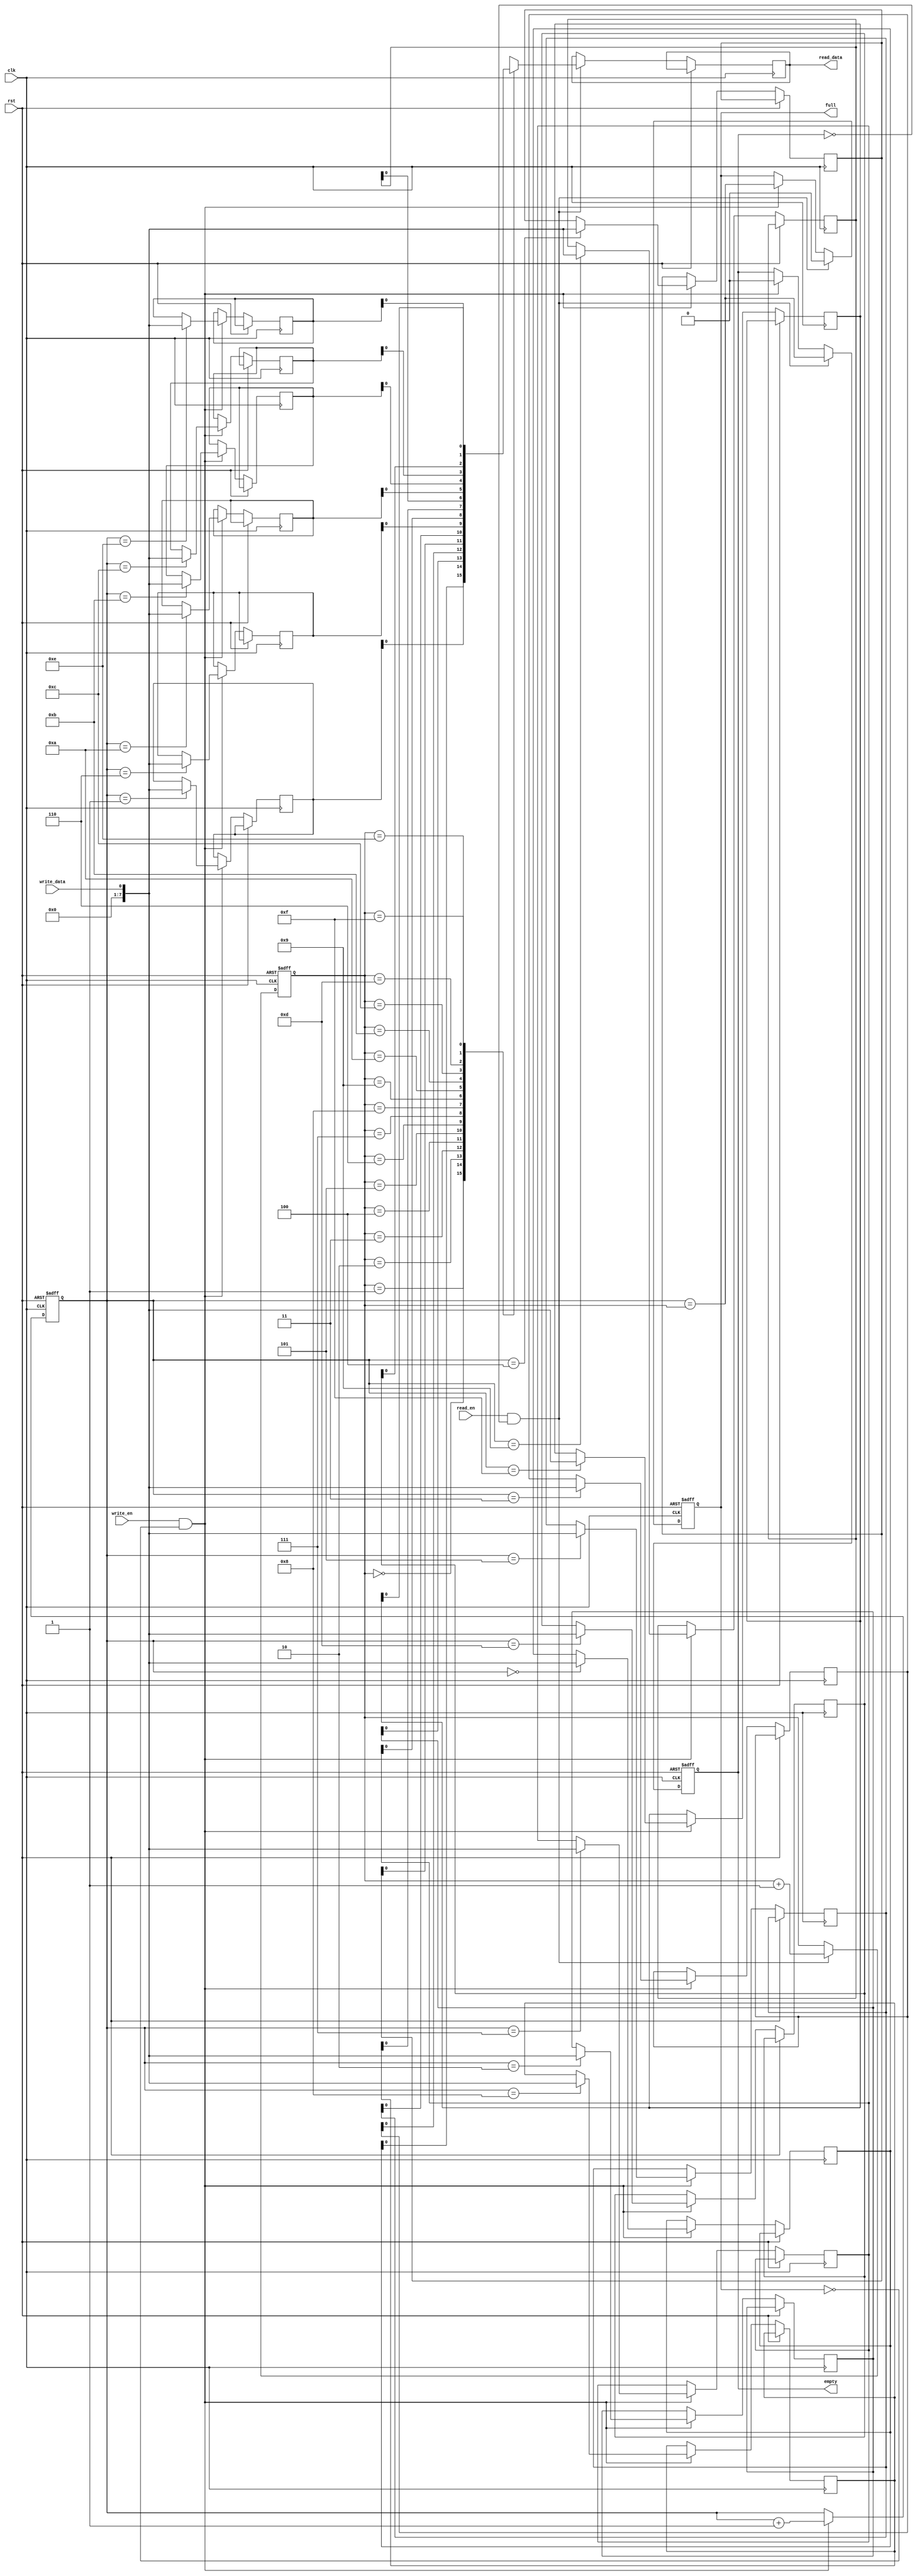
module async_fifo (
    input wire clk,
    input wire rst,
    input wire read_en,
    input wire write_en,
    input wire write_data,
    output reg read_data,
    output reg full,
    output reg empty
);

reg [7:0] mem [0:15];
reg [3:0] read_ptr = 4'b0000;
reg [3:0] write_ptr = 4'b0000;

always @ (posedge clk or posedge rst) begin
    if (rst) begin
        read_ptr <= 4'b0000;
        write_ptr <= 4'b0000;
        empty <= 1'b1;
        full <= 1'b0;
    end else begin
        if (write_en && !full) begin
            mem[write_ptr] <= write_data;
            write_ptr <= write_ptr + 1;
            full <= (write_ptr == read_ptr);
            empty <= 0;
        end
        
        if (read_en && !empty) begin
            read_data <= mem[read_ptr];
            read_ptr <= read_ptr + 1;
            empty <= (write_ptr == read_ptr);
            full <= 0;
        end
    end
end

endmodule